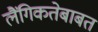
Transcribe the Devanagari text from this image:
लैंगिकतेबाबत